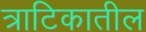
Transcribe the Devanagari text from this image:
त्राटिकातील